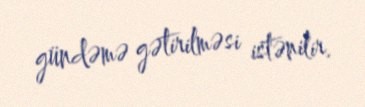
gündəmə gətirilməsi istənilir.